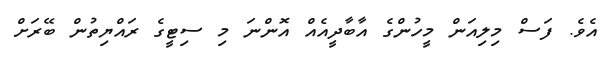
އެވެ. ފަސް މިލިއަން މީހުންގެ އާބާދީއެއް އޮންނަ މި ސިޓީގެ ރައްޔިތުން ބޭރަށް